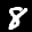
Label: 8